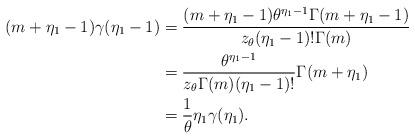
LaTeX: \begin{align*}(m+\eta_1-1)\gamma(\eta_1-1)&=\frac{(m+\eta_1-1)\theta^{\eta_1-1}\Gamma(m+\eta_1-1)}{z_\theta (\eta_1-1)!\Gamma(m)}\\&=\frac{\theta^{\eta_1-1}}{z_\theta\Gamma(m)(\eta_1-1)!}\Gamma(m+\eta_1)\\&=\frac{1}{\theta}\eta_1\gamma(\eta_1).\end{align*}